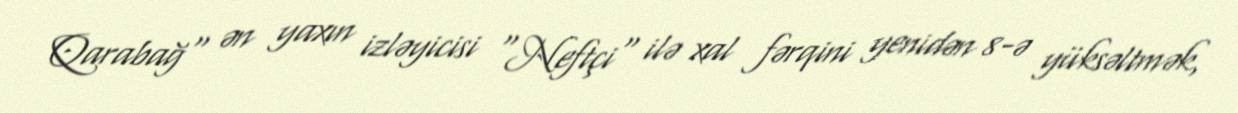
Qarabağ" ən yaxın izləyicisi "Neftçi" ilə xal fərqini yenidən 8-ə yüksəltmək,